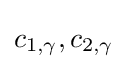
c_{1,\gamma },c_{2,\gamma }